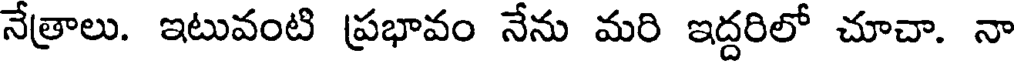
నేత్రాలు. ఇటువంటి ప్రభావం నేను మరి ఇద్దరిలో చూచా. నా